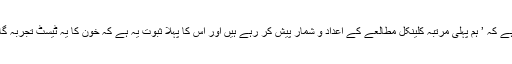
پروفیسر میتھیو کا کہنا ہے کہ ’ ہم پہلی مرتبہ کلینکل مطالعے کے اعداد و شمار پیش کر رہے ہیں اور اس کا پہلا ثبوت یہ ہے کہ خون کا یہ ٹیسٹ تجربہ گاہ میں کام کرسکتا ہے،‘۔